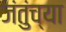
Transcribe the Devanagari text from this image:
जंतुंच्या